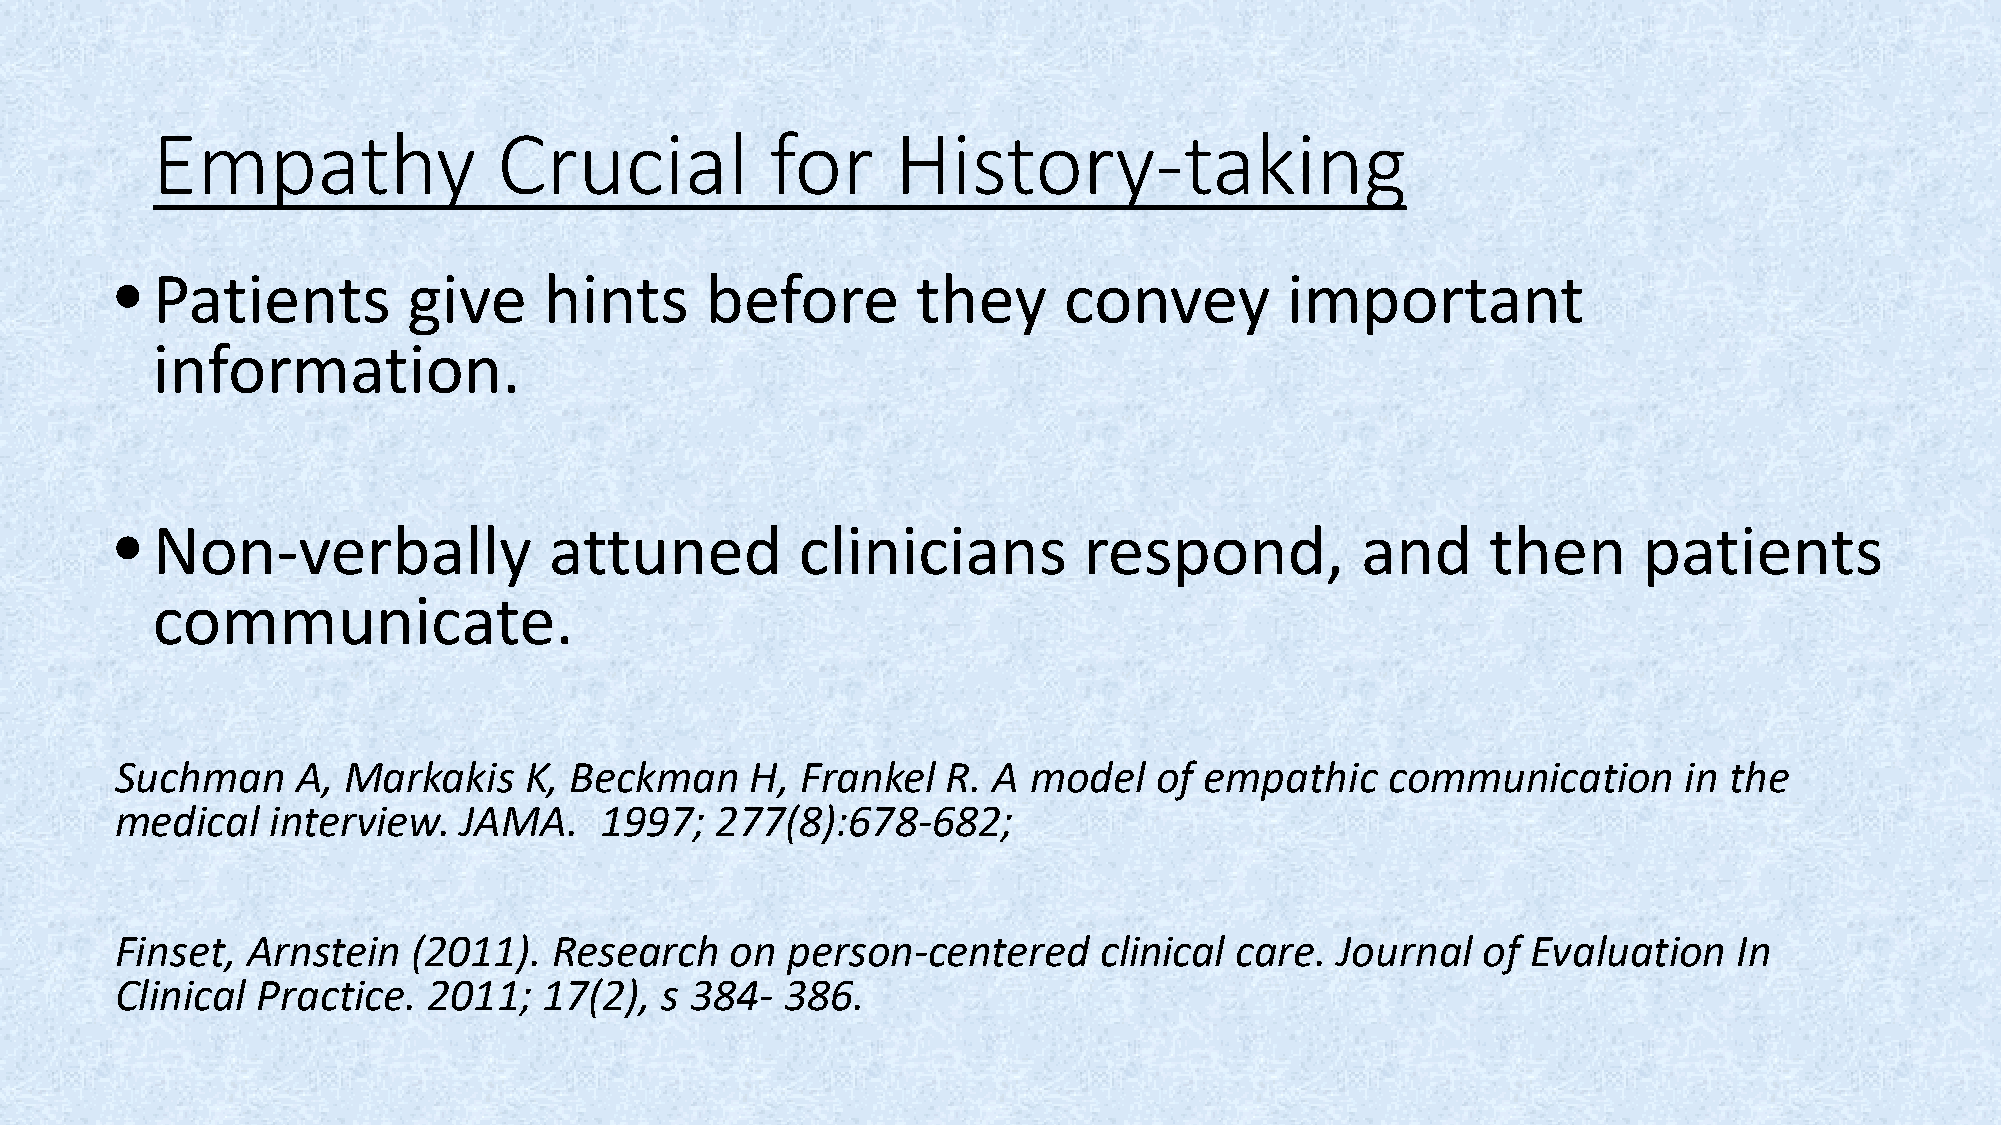
Empathy                Crucial           for     History-taking
 • Patients         give     hints      before        they     convey         important
 information.
 • Non-verbally              attuned          clinicians         respond,          and      then      patients
 communicate.
 Suchman     A, Markakis    K, Beckman     H, Frankel   R. A model    of empathic    communication      in the
 medical   interview.   JAMA.    1997;  277(8):678-682;
 Finset, Arnstein   (2011).   Research   on  person-centered      clinical care.  Journal  of Evaluation    In
 Clinical Practice.  2011;   17(2),  s 384-  386.